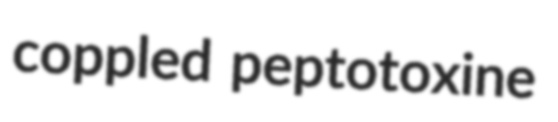
coppled peptotoxine